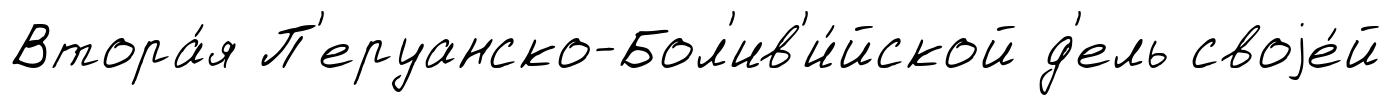
Втора́я П'еруанско-Бол'ив'и́йской д'ель своjе́й